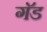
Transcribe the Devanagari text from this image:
गॅड